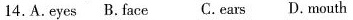
14.A.eyes B.face C.ears D.mouth